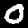
Label: 0